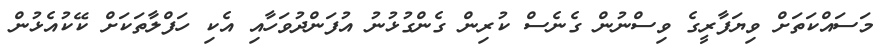
މަސައްކަތަށް ވިޔަފާރީގެ ވިސްނުން ގެނެސް ކުރިން ގެންގުޅުނު އުފަންދުވަހާއި އެކި ހަފްލާތަކަށް ކޭކުއެޅުން